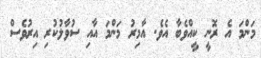
މަންމަ އެ ރޮނީ ކީއްވެބާ އެވެ. އާމިރު މަންމަ އާއި ސުވާލުކުރި އިރުވެސް